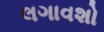
લગાવશો